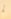
لم